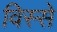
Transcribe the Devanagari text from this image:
विस्से